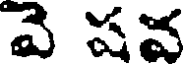
వె షవ